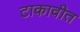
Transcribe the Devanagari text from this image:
टाकावीत